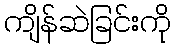
ကျိန်ဆဲခြင်းကို